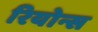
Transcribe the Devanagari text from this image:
रियोन्स